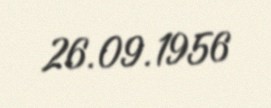
26.09.1956